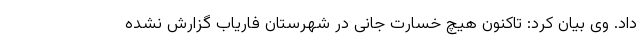
داد. وی بیان کرد: تاکنون هیچ خسارت جانی در شهرستان فاریاب گزارش نشده